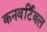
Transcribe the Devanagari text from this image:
कनवर्टिबल